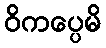
ဝိကပ္ပေမိ